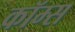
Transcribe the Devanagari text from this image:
कॉम्स